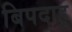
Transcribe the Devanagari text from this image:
बिपदाहू